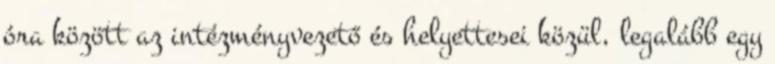
óra között az intézményvezető és helyettesei közül, legalább egy